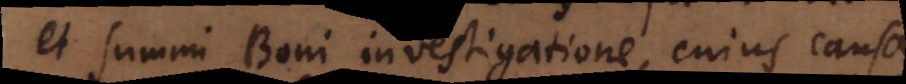
et Summi Boni investigatione, cujus causa